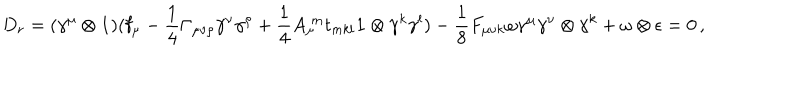
D _ { r } = ( \gamma ^ { \mu } \otimes \mathbf { 1 } ) ( \mathbf { f } _ { \mu } - \frac { 1 } { 4 } \Gamma _ { \mu \nu \rho } \gamma ^ { \nu } \gamma ^ { \rho } + \frac { 1 } { 4 } A _ { \mu } ^ { \; m } t _ { m k l } \mathbf { 1 } \otimes \gamma ^ { k } \gamma ^ { l } ) - \frac { 1 } { 8 } F _ { \mu \nu k } \omega \gamma ^ { \mu } \gamma ^ { \nu } \otimes \gamma ^ { k } + \omega \otimes \epsilon = 0 \, ,